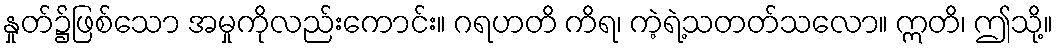
နှုတ်၌ဖြစ်သော အမှုကိုလည်းကောင်း။ ဂရဟတိ ကိရ၊ ကဲ့ရဲ့သတတ်သလော။ ဣတိ၊ ဤသို့။